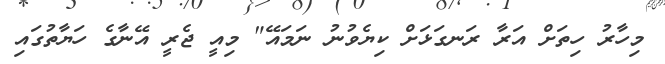
މިހާރު ހިތަށް އަރާ ރަނގަޅަށް ކިޔެވުނު ނަމައޭ" މިއީ ޖެރީ އޭނާގެ ހަޔާތުގައި